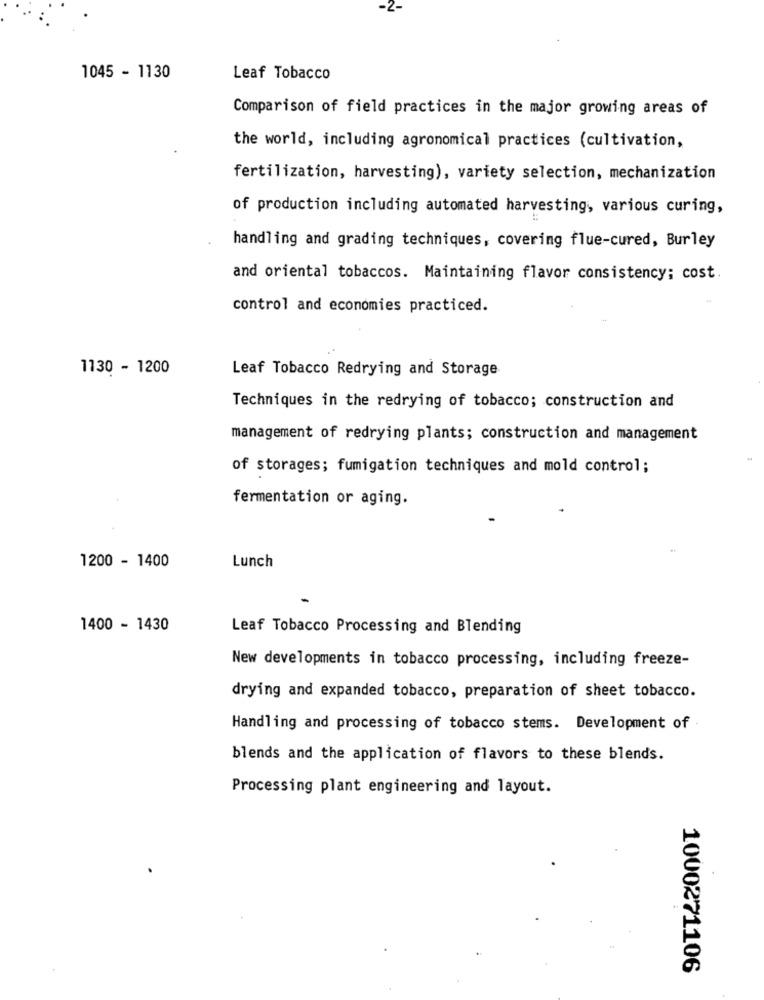
1045 - 1130
Leaf Tobacco
Comparison of field practices in the major growing areas of
the world, including agronomical practices (cultivation,
fertilization, harvesting), variety selection, mechanization
of production including automated harvesting, various curing,
handling and grading techniques, covering flue-cured, Burley
and oriental tobaccos. Maintaining flavor consistency; cost
control and economies practiced.
1130 - 1200
Leaf Tobacco Redrying and Storage
Techniques in the redrying of tobacco; construction and
management of redrying plants; construction and management
of storages; fumigation techniques and mold control;
fermentation or aging.
1200 - 1400
Lunch
1400 - 1430
Leaf Tobacco Processing and Blending
New developments in tobacco processing, including freeze-
drying and expanded tobacco, preparation of sheet tobacco.
Handling and processing of tobacco stems. Development of
blends and the application of flavors to these blends.
Processing plant engineering and layout.
1000271106